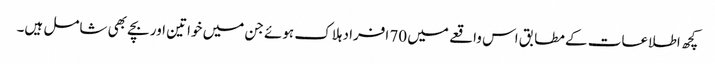
کچھ اطلاعات کے مطابق اس واقعے میں 70 افراد ہلاک ہوئے جن میں خواتین اور بچے بھی شامل ہیں۔